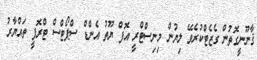
ޤާނޫނީގޮތުން ގެޒެޓްކުރެވޭ ލިޔުން މިނިސްޓްރީ އޮފް ޔޫތު އެންޑް ސްޕޯޓްސް ޓްރޮފީ ތައްޔާރު